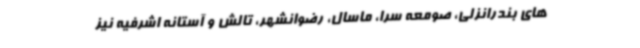
های بندرانزلی، صومعه سرا، ماسال، رضوانشهر، تالش و آستانه اشرفیه نیز